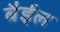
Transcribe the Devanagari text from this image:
बैईल